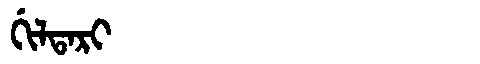
Manchu: ᡤᡳᠯᡨᠠᡵᡳ
Romanization: GILTARI